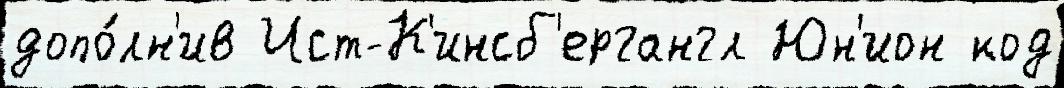
допо́лн'ив Ист-К'инсб'ергангл Юн'ион код